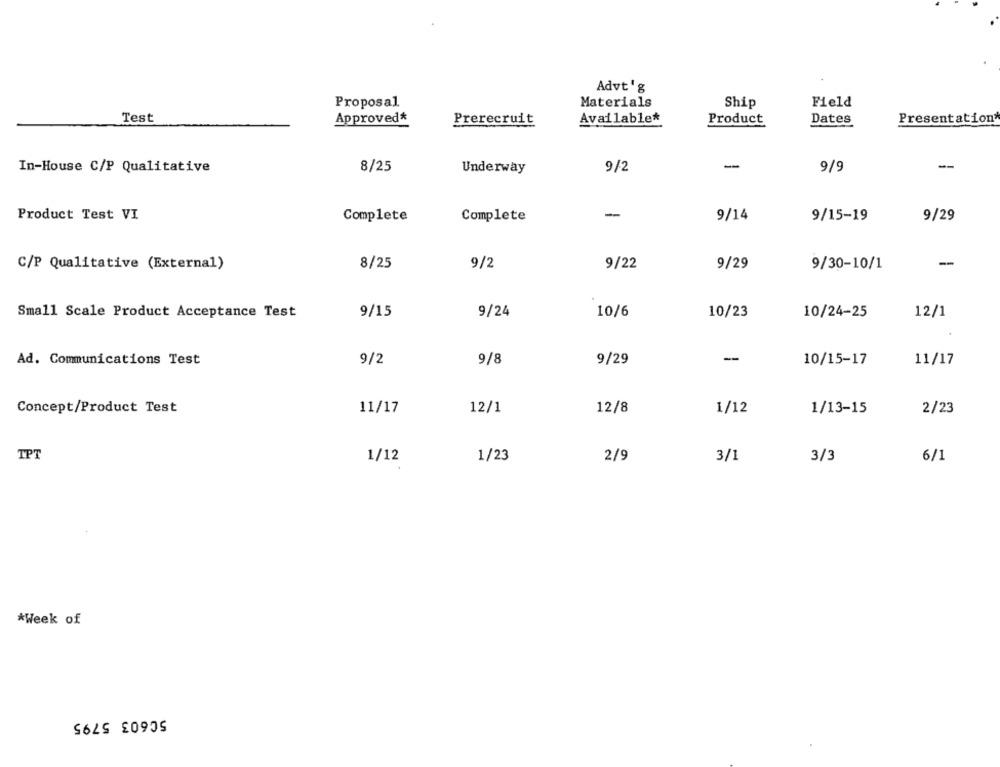
Advt' g
Proposal
Materials
Ship
Field
Test
Approved*
Prerecruit
Available*
Product
Dates
Presentation*
In-House C/P Qualitative
8/25
Underway
9/2
-
9/9
Product Test VI
-
9/14
Complete
Complete
9/15-19
9/29
-
C/P Qualitative (External)
8/25
9/2
9/22
9/29
9/30-10/1
Small Scale Product Acceptance Test
9/15
9/24
10/6
10/23
10/24-25
12/1
9/2
9/8
9/29
-
11/17
Ad. Communications Test
10/15-17
Concept/Product Test
11/17
12/1
12/8
1/12
1/13-15
2/23
TPT
1/12
1/23
2/9
3/1
3/3
6/1
*Week of
50603 5795